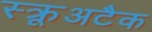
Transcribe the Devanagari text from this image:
स्क्रूअटैक